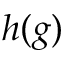
h ( g )